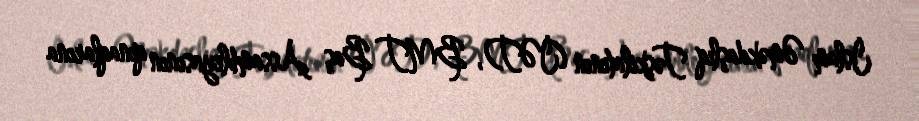
İslam Əməkdaşlıq Təşkilatının (İƏT), BMT Baş Assambleyasının qınaqlarına